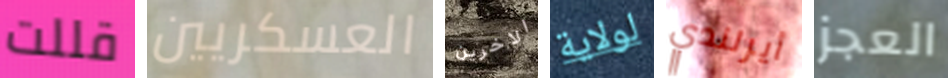
قللت العسكريين الاخرين لولاية أيرلندي العجز